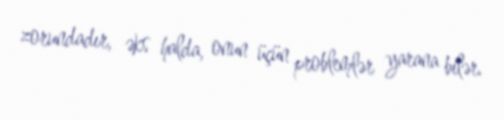
zorundadır, əks halda, onun üçün problemlər yarana bilər.